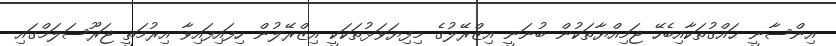
އިންސާނީ ޙައްޤުތަކާއިބެހޭ ޖަމިއްޔާތަކުން ބުނަނީ އިޒްރޭލުގެ މިފިޔަވަޅުތަކަކީ އިޒްރޭލުން ހިފައިފައިވާ އިރުމަތީ ޖަރޫސަލަމްގައި